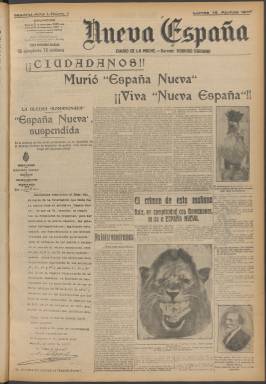
Título: Nueva España (Madrid)
Colección: Periódicos
Ámbito geográfico: Madrid
Lugar de publicación: Madrid
Fechas: 16/04/1917-22/04/1917